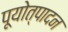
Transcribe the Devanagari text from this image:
पूयोत्पादन